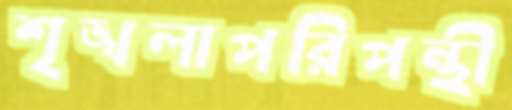
শৃঙ্খলাপরিপন্থী